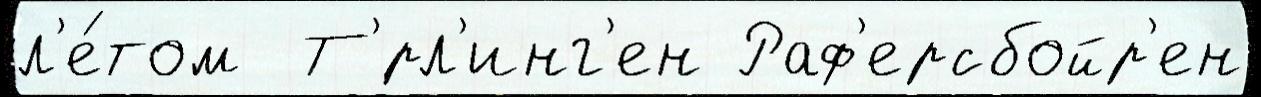
л'е́том  Т'́рл'инг'ен Раф'ерсбойр'ен